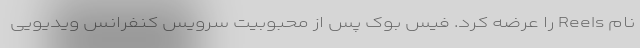
نام Reels را عرضه کرد. فیس بوک پس از محبوبیت سرویس کنفرانس ویدیویی